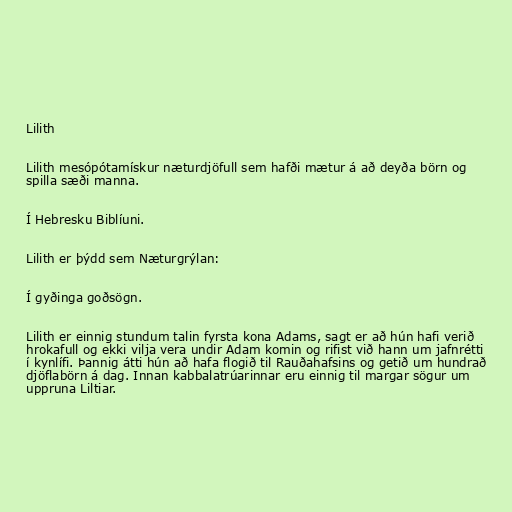
Lilith

Lilith mesópótamískur næturdjöfull sem hafði mætur á að deyða börn og
spilla sæði manna.

Í Hebresku Biblíuni.

Lilith er þýdd sem Næturgrýlan:

Í gyðinga goðsögn.

Lilith er einnig stundum talin fyrsta kona Adams, sagt er að hún hafi verið
hrokafull og ekki vilja vera undir Adam komin og rifist við hann um jafnrétti
í kynlífi. Þannig átti hún að hafa flogið til Rauðahafsins og getið um hundrað
djöflabörn á dag. Innan kabbalatrúarinnar eru einnig til margar sögur um
uppruna Liltiar.